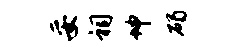
妥祠坤碣